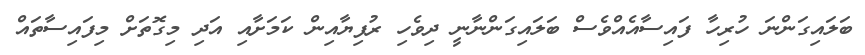
ބަލައިގަންނަ ހުރިހާ ފައިސާއެއްވެސް ބަލައިގަންނާނީ ދިވެހި ރުފިޔާއިން ކަމަށާއި އަދި މިގޮތަށް މިފައިސާތައް